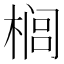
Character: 榈